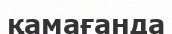
қамағанда